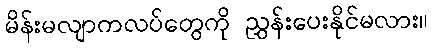
မိန်းမလျာကလပ်တွေကို ညွှန်းပေးနိုင်မလား။